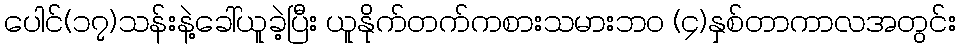
ပေါင်(၁၇)သန်းနဲ့ခေါ်ယူခဲ့ပြီး ယူနိုက်တက်ကစားသမားဘ၀ (၄)နှစ်တာကာလအတွင်း